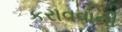
કરાવવાની